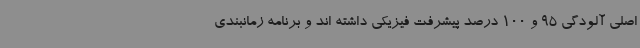
اصلی آلودگی 95 و 100 درصد پیشرفت فیزیکی داشته اند و برنامه زمانبندی